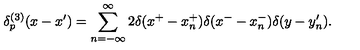
\delta _ { p } ^ { ( 3 ) } ( x - x ^ { \prime } ) = \sum _ { n = - \infty } ^ { \infty } 2 \delta ( x ^ { + } - x _ { n } ^ { + } ) \delta ( x ^ { - } - x _ { n } ^ { - } ) \delta ( y - y _ { n } ^ { \prime } ) .